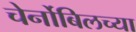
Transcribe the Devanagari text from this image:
चेर्नोबिलच्या